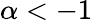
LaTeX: \alpha<-1